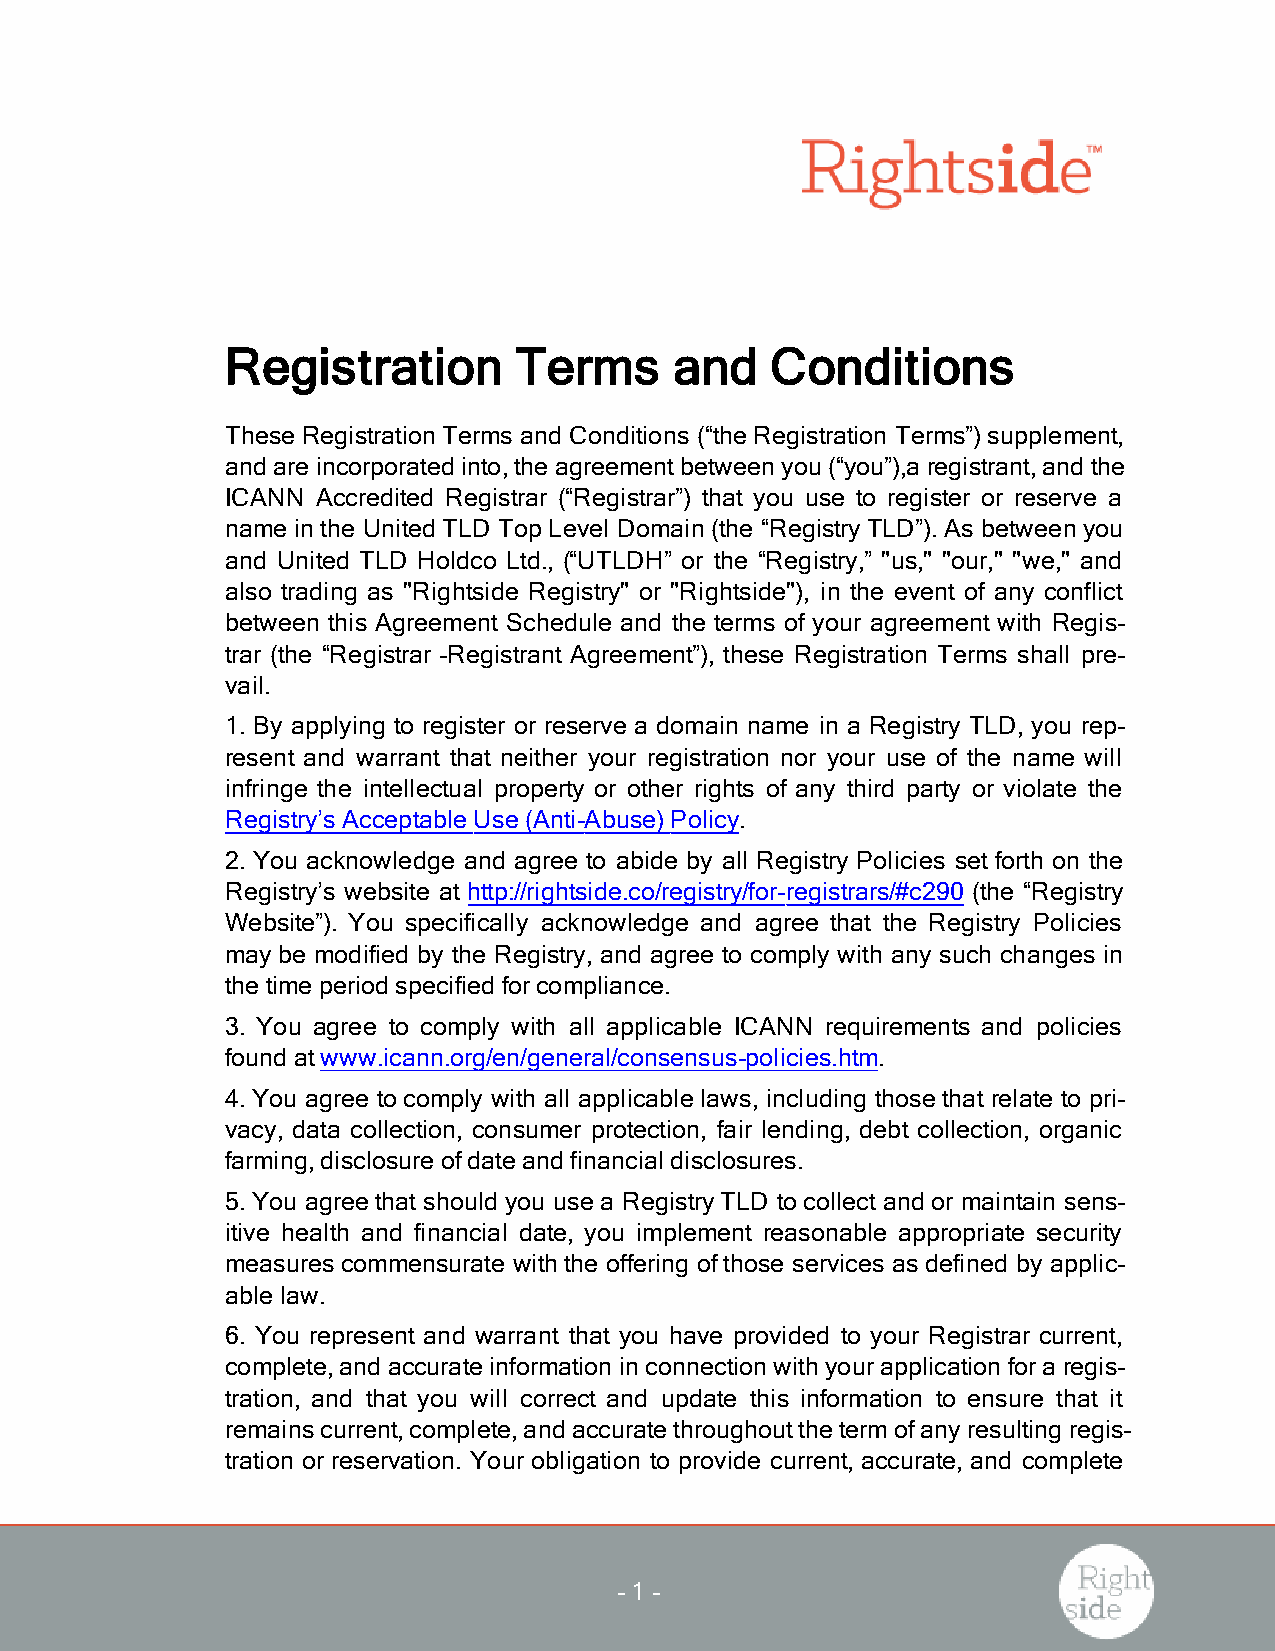
Registration       Terms      and   Conditions
 These Registration Terms and Conditions (“the Registration Terms”)supplement,
 and are incorporated into,the agreementbetween you (“you”),a registrant,and the
 ICANN Accredited Registrar (“Registrar”) that you use to register or reserve a
 name in the United TLD Top Level Domain (the “RegistryTLD”).As between you
 and United TLD Holdco Ltd., (“UTLDH” or the “Registry,” "us," "our," "we," and
 also trading as "Rightside Registry" or "Rightside"), in the event of any conflict
 between this Agreement Schedule and the terms of your agreement with Regis-
 trar (the “Registrar‐Registrant Agreement”), these Registration Terms shall pre-
 vail.
 1. By applying to register or reserve a domain name in a Registry TLD, you rep-
 resent and warrant that neither your registration nor your use of the name will
 infringe the intellectual property or other rights of any third party or violate the
 Registry’sAcceptable Use (Anti-Abuse)Policy.
 2. You acknowledge and agree to abide by all Registry Policies set forth on the
 Registry’s website at http://rightside.co/registry/for-registrars/#c290 (the “Registry
 Website”). You specifically acknowledge and agree that the Registry Policies
 maybe modified by the Registry, and agree to comply with any such changes in
 the time period specified forcompliance.
 3. You agree to comply with all applicable ICANN requirements and policies
 found atwww.icann.org/en/general/consensus-policies.htm.
 4.You agree to comply with all applicable laws, including those that relate to pri-
 vacy, data collection, consumer protection, fair lending, debt collection, organic
 farming,disclosure ofdate and financial disclosures.
 5.You agree that should you use a RegistryTLD to collect and or maintain sens-
 itive health and financial date, you implement reasonable appropriate security
 measurescommensurate with the offering ofthose services asdefined by applic-
 able law.
 6. You represent and warrant that you have provided to your Registrar current,
 complete,and accurate information in connection with yourapplication fora regis-
 tration, and that you will correct and update this information to ensure that it
 remainscurrent,complete,and accurate throughoutthe termofanyresulting regis-
 tration or reservation. Your obligation to provide current, accurate, and complete
 -1 -